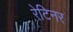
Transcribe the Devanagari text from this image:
रेटिनर